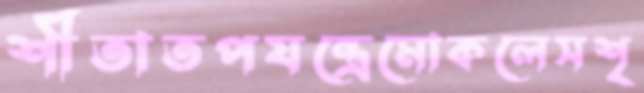
শীতাতপযন্ত্রেমোকলেসশৃ